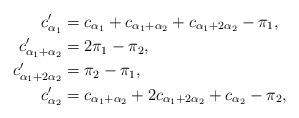
LaTeX: \begin{align*}c'_{\alpha_1} &= c_{\alpha_1} + c_{\alpha_1+\alpha_2} + c_{\alpha_1+2\alpha_2} -\pi_1,\\c'_{\alpha_1+\alpha_2} &= 2\pi_1 - \pi_2,\\c'_{\alpha_1+2\alpha_2} &= \pi_2 - \pi_1,\\c'_{\alpha_2} &= c_{\alpha_1+\alpha_2} + 2 c_{\alpha_1+2\alpha_2} + c_{\alpha_2} - \pi_2,\end{align*}